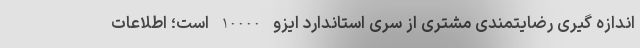
اندازه گیری رضایتمندی مشتری از سری استاندارد ایزو 10000 است؛ اطلاعات